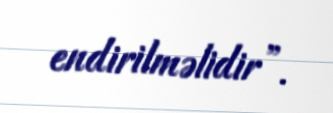
endirilməlidir”.